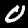
Label: 0